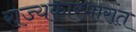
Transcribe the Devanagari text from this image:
राज्यकारभारांत